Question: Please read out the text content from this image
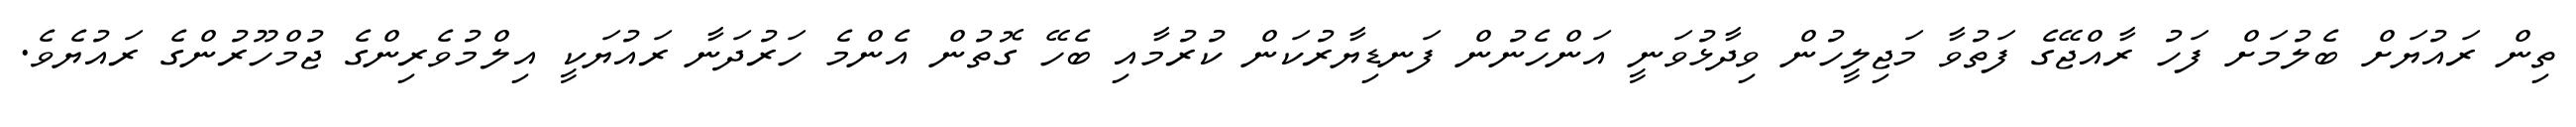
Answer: ތިން ރައުޔަށް ބެލުމަށް ފަހު ރާއްޖޭގެ ފަތުވާ މަޖިލީހުން ވިދާޅުވަނީ އަންހެނުން ފަނޑިޔާރުކަން ކުރުމާއި ބެހޭ ގޮތުން އެންމެ ހަރުދަނާ ރައުޔަކީ އިލްމުވެރިންގެ ޖުމްހޫރުންގެ ރައުޔެވެ.